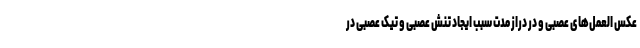
عکس العمل‌های عصبی و در دراز مدت سبب ایجاد تنش عصبی و تیک عصبی در